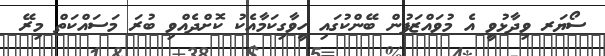
ސޯޔަރ ވިދާޅުވީ އެ މުވައްޒަފުން ބޭންކުގައި ހީވާގިކަމާއެކު ކޮށްދެއްވި ބުރަ މަސައްކަތް މިރޭ